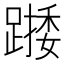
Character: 𨄖